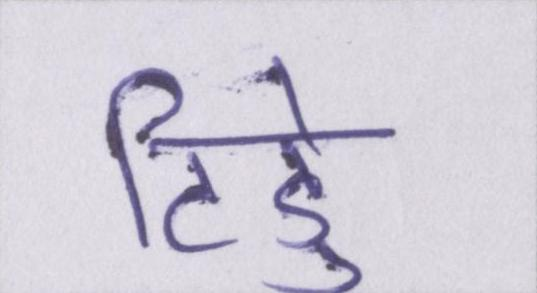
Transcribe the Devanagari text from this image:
टिड्डे